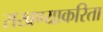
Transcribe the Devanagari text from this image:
राखण्याकरिता